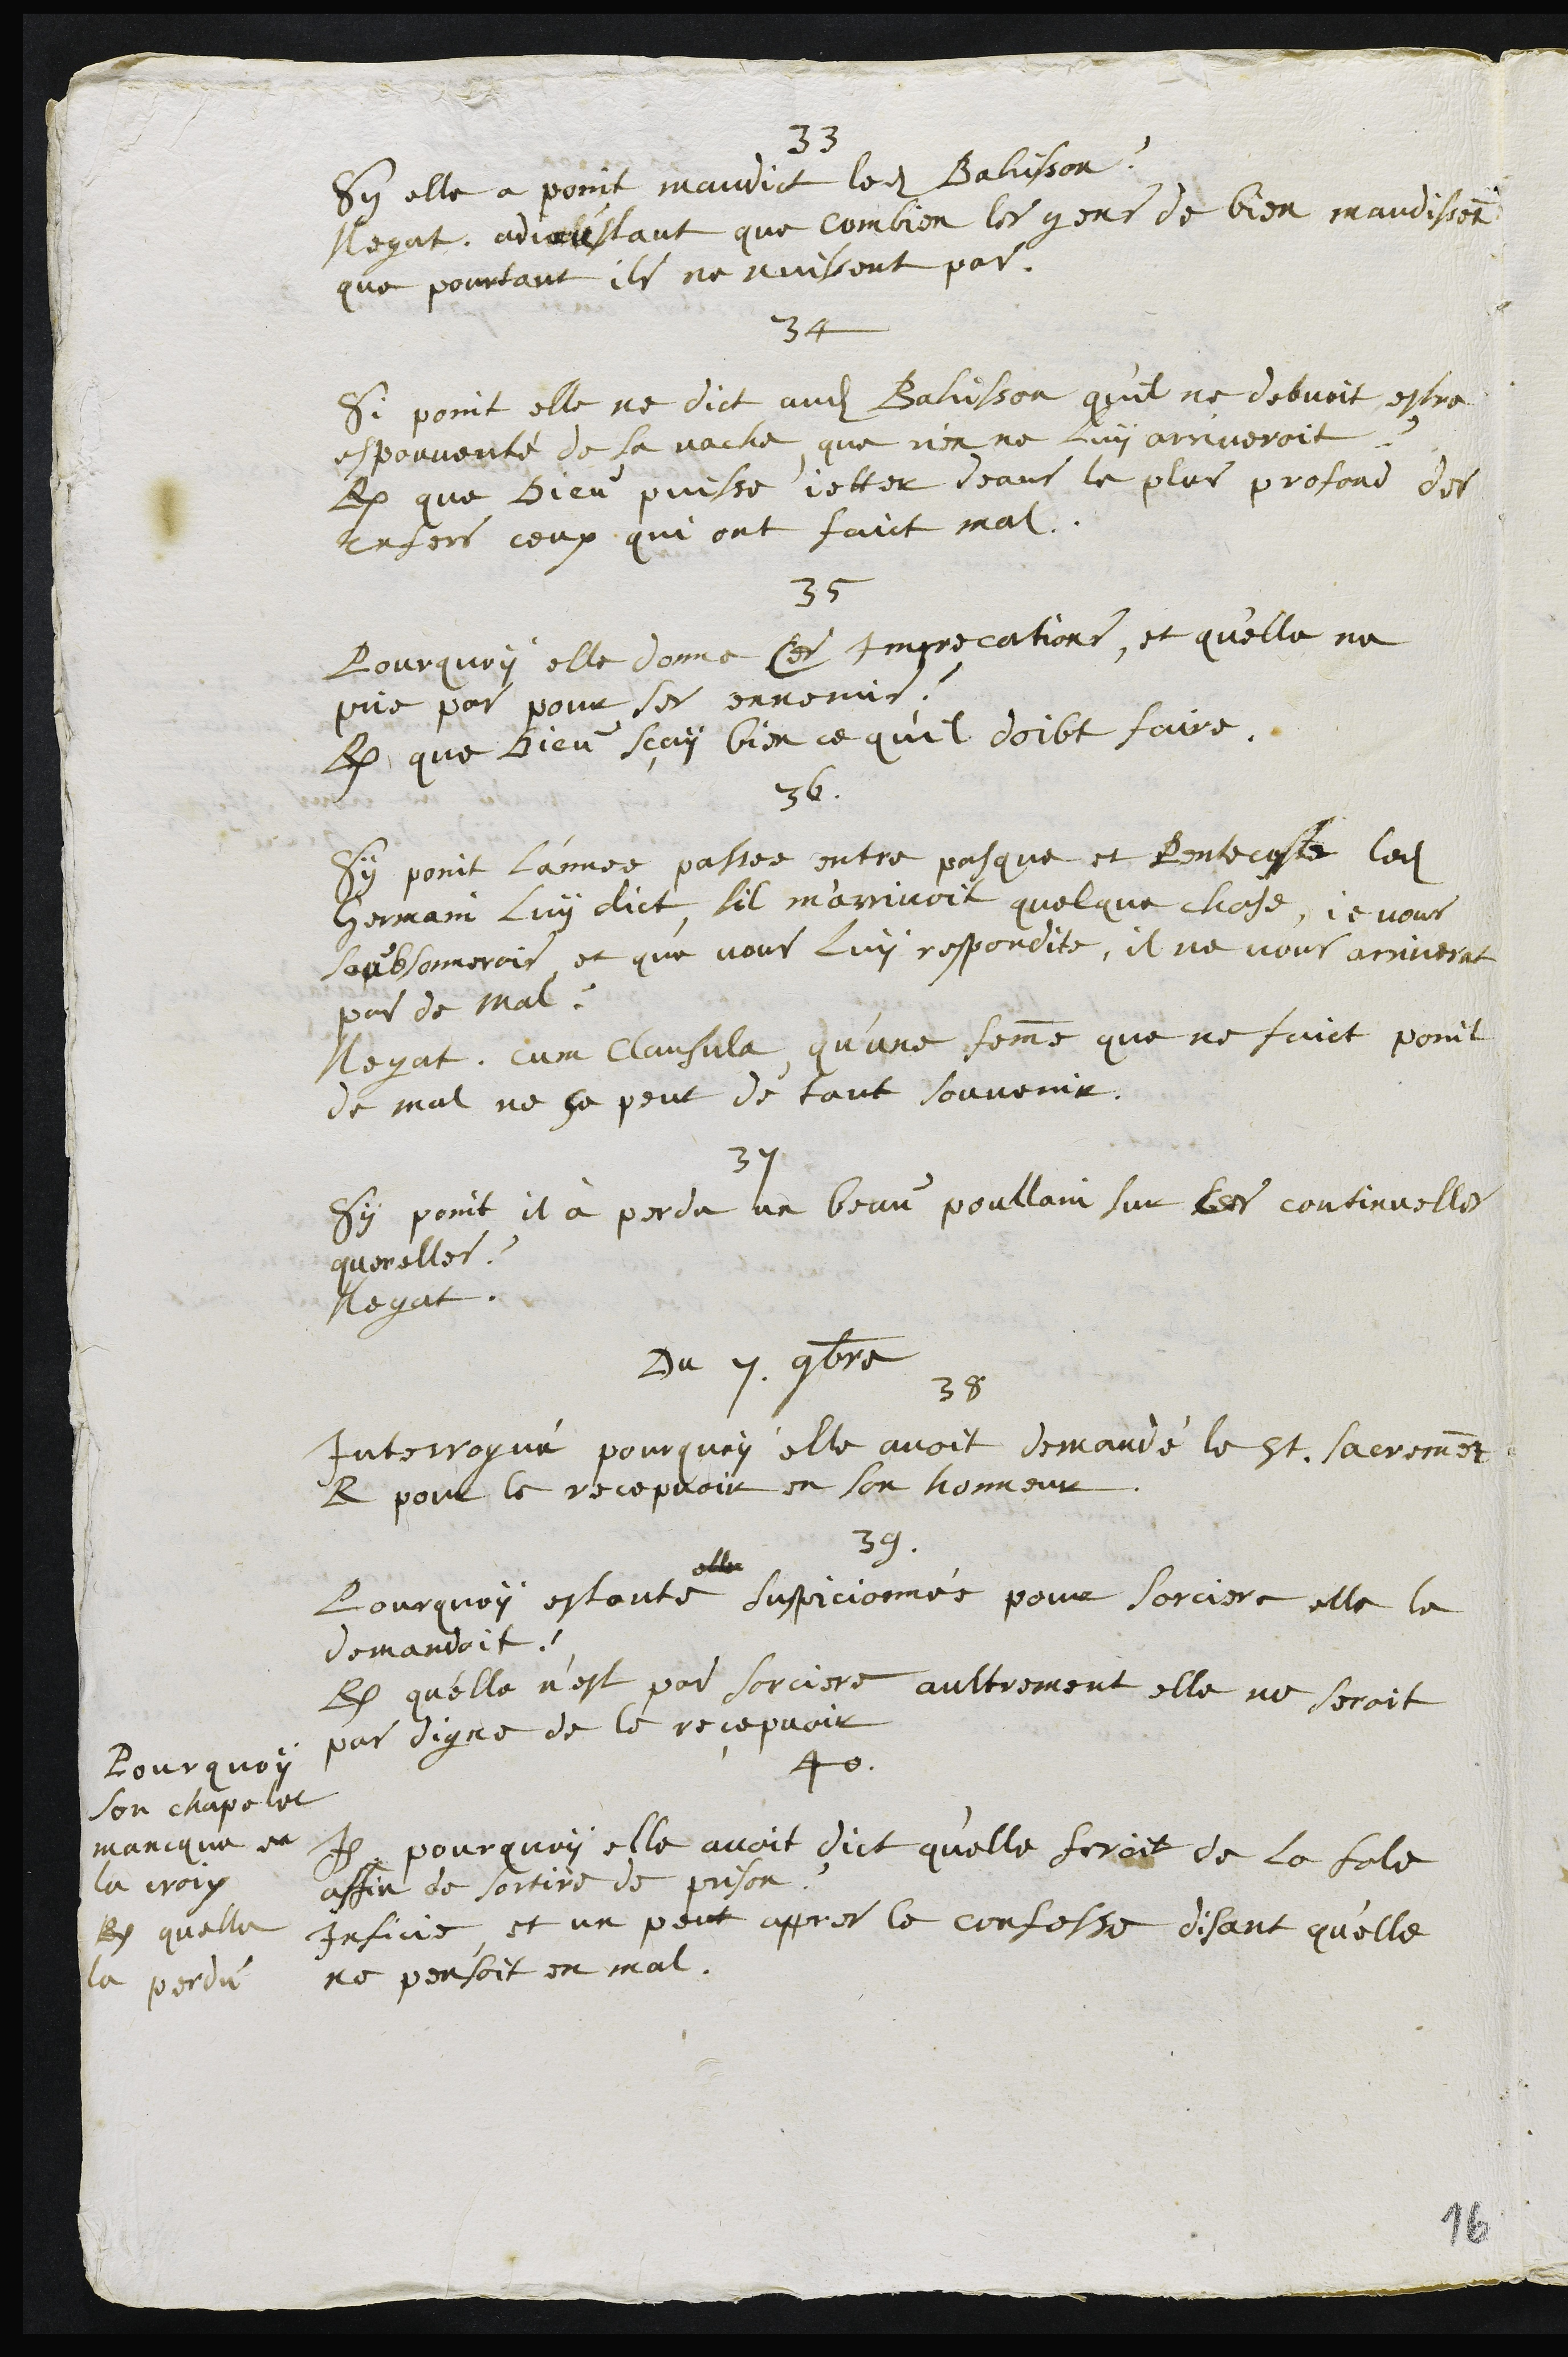
33
Sy elle a point maudict ledit Bahisson ?
Negat, adjoustant que combien les gens de bien maudissent
que pourtant ils ne nuissent pas.
34
Si point elle ne dict audit Bahisson qu'il ne debvoit estre
espouvanté de la vache, que rien ne luy arriveroit ?
R. que dieu puisse jetter deans le plus profond des
enfers ceux qui ont faict mal.
35
Pourquoy elle donne ces Imprecations, et qu'elle ne
prie par pour ses ennemis ?
R. que Dieu sçay bien ce qu’il doibt faire.
36.
Sy point l'annee passee entre pasque et Pentecoste ledit
Germain luy dict, sil m'arrivoit quelque chose, je vous
soubsonnerois et que vous luy respondite, il ne vous arriverat
pas de mal ?
Negat. Cum Clausula qu’une femme que ne faict point
de mal ne se peut de tout souvenir.
37
Sy point il à perdu un beau poullain sur ces continuelles
querelles ?
Negat.
Du 7. 9bre
38
Interrogué pourquoy elle avoit demandé le St. Sacrement
R. pour le recepvoir en son honneur
39.
Pourquoy estante suspicionnée pour sorciere elle le
demandoit ?
R. qu'elle n’est pas sorciere aultrement elle ne seroit
pas digne de le recepvoir
40
I. pourquoy elle avoit dict quelle feroit de la fole
affin de sortire de prison ?
Inficie et un peut appres le confesse disant qu'elle
ne pensoit en mal.
Pourquoy
son chapelet
mancque de
la croix
R. quelle
la perdu
16